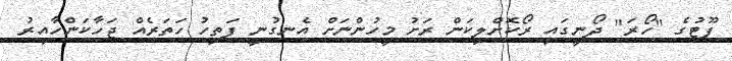
ފޫޓުގެ "ހޯރަ" ދޯނީގައި ރޯކޮށްލިކަން ރަށު މީހުންނަށް އެނގުނީ ފަތިހު ހަތަރެއް ޖަހާކަންހާއިރު